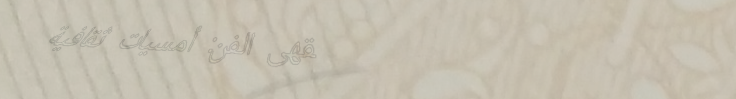
مقهى الفن: أمسيات ثقافية